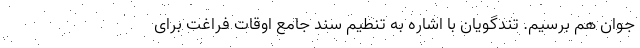
جوان هم برسیم. تندگویان با اشاره به تنطیم سند جامع اوقات فراغت برای